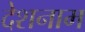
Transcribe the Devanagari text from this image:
देशनाम